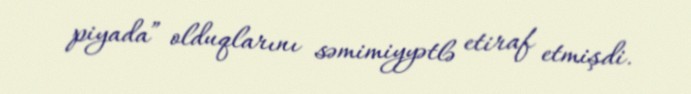
piyada” olduqlarını səmimiyyətlə etiraf etmişdi.